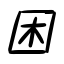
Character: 困